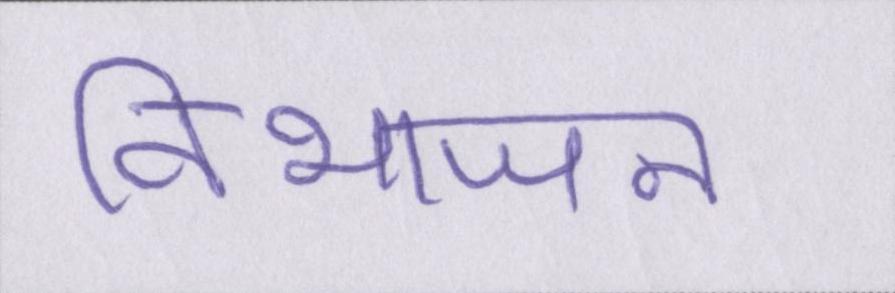
विभाजन